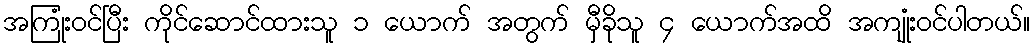
အကြုံးဝင်ပြီး ကိုင်ဆောင်ထားသူ ၁ ယောက် အတွက် မှီခိုသူ ၄ ယောက်အထိ အကျုံးဝင်ပါတယ်။